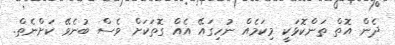
ދެން އޮތް ތަންކޮޅަކީ މިކަމެއް ނުހިގައޭ އެއް ގޮތަކަށް ވެސް ބުނެވޭ ކަށްނެތް.